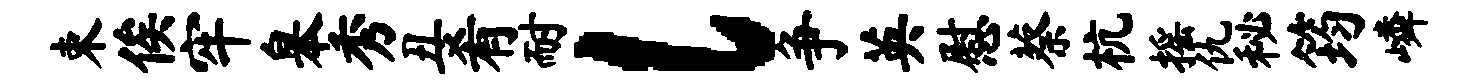
束俟牢皋秀丑肴耐l争英慰蔡杭摇仇秘筠嶙